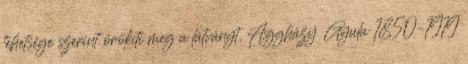
tehetsége szerint örökíti meg a látványt. Aggházy Gyula 1850–1919